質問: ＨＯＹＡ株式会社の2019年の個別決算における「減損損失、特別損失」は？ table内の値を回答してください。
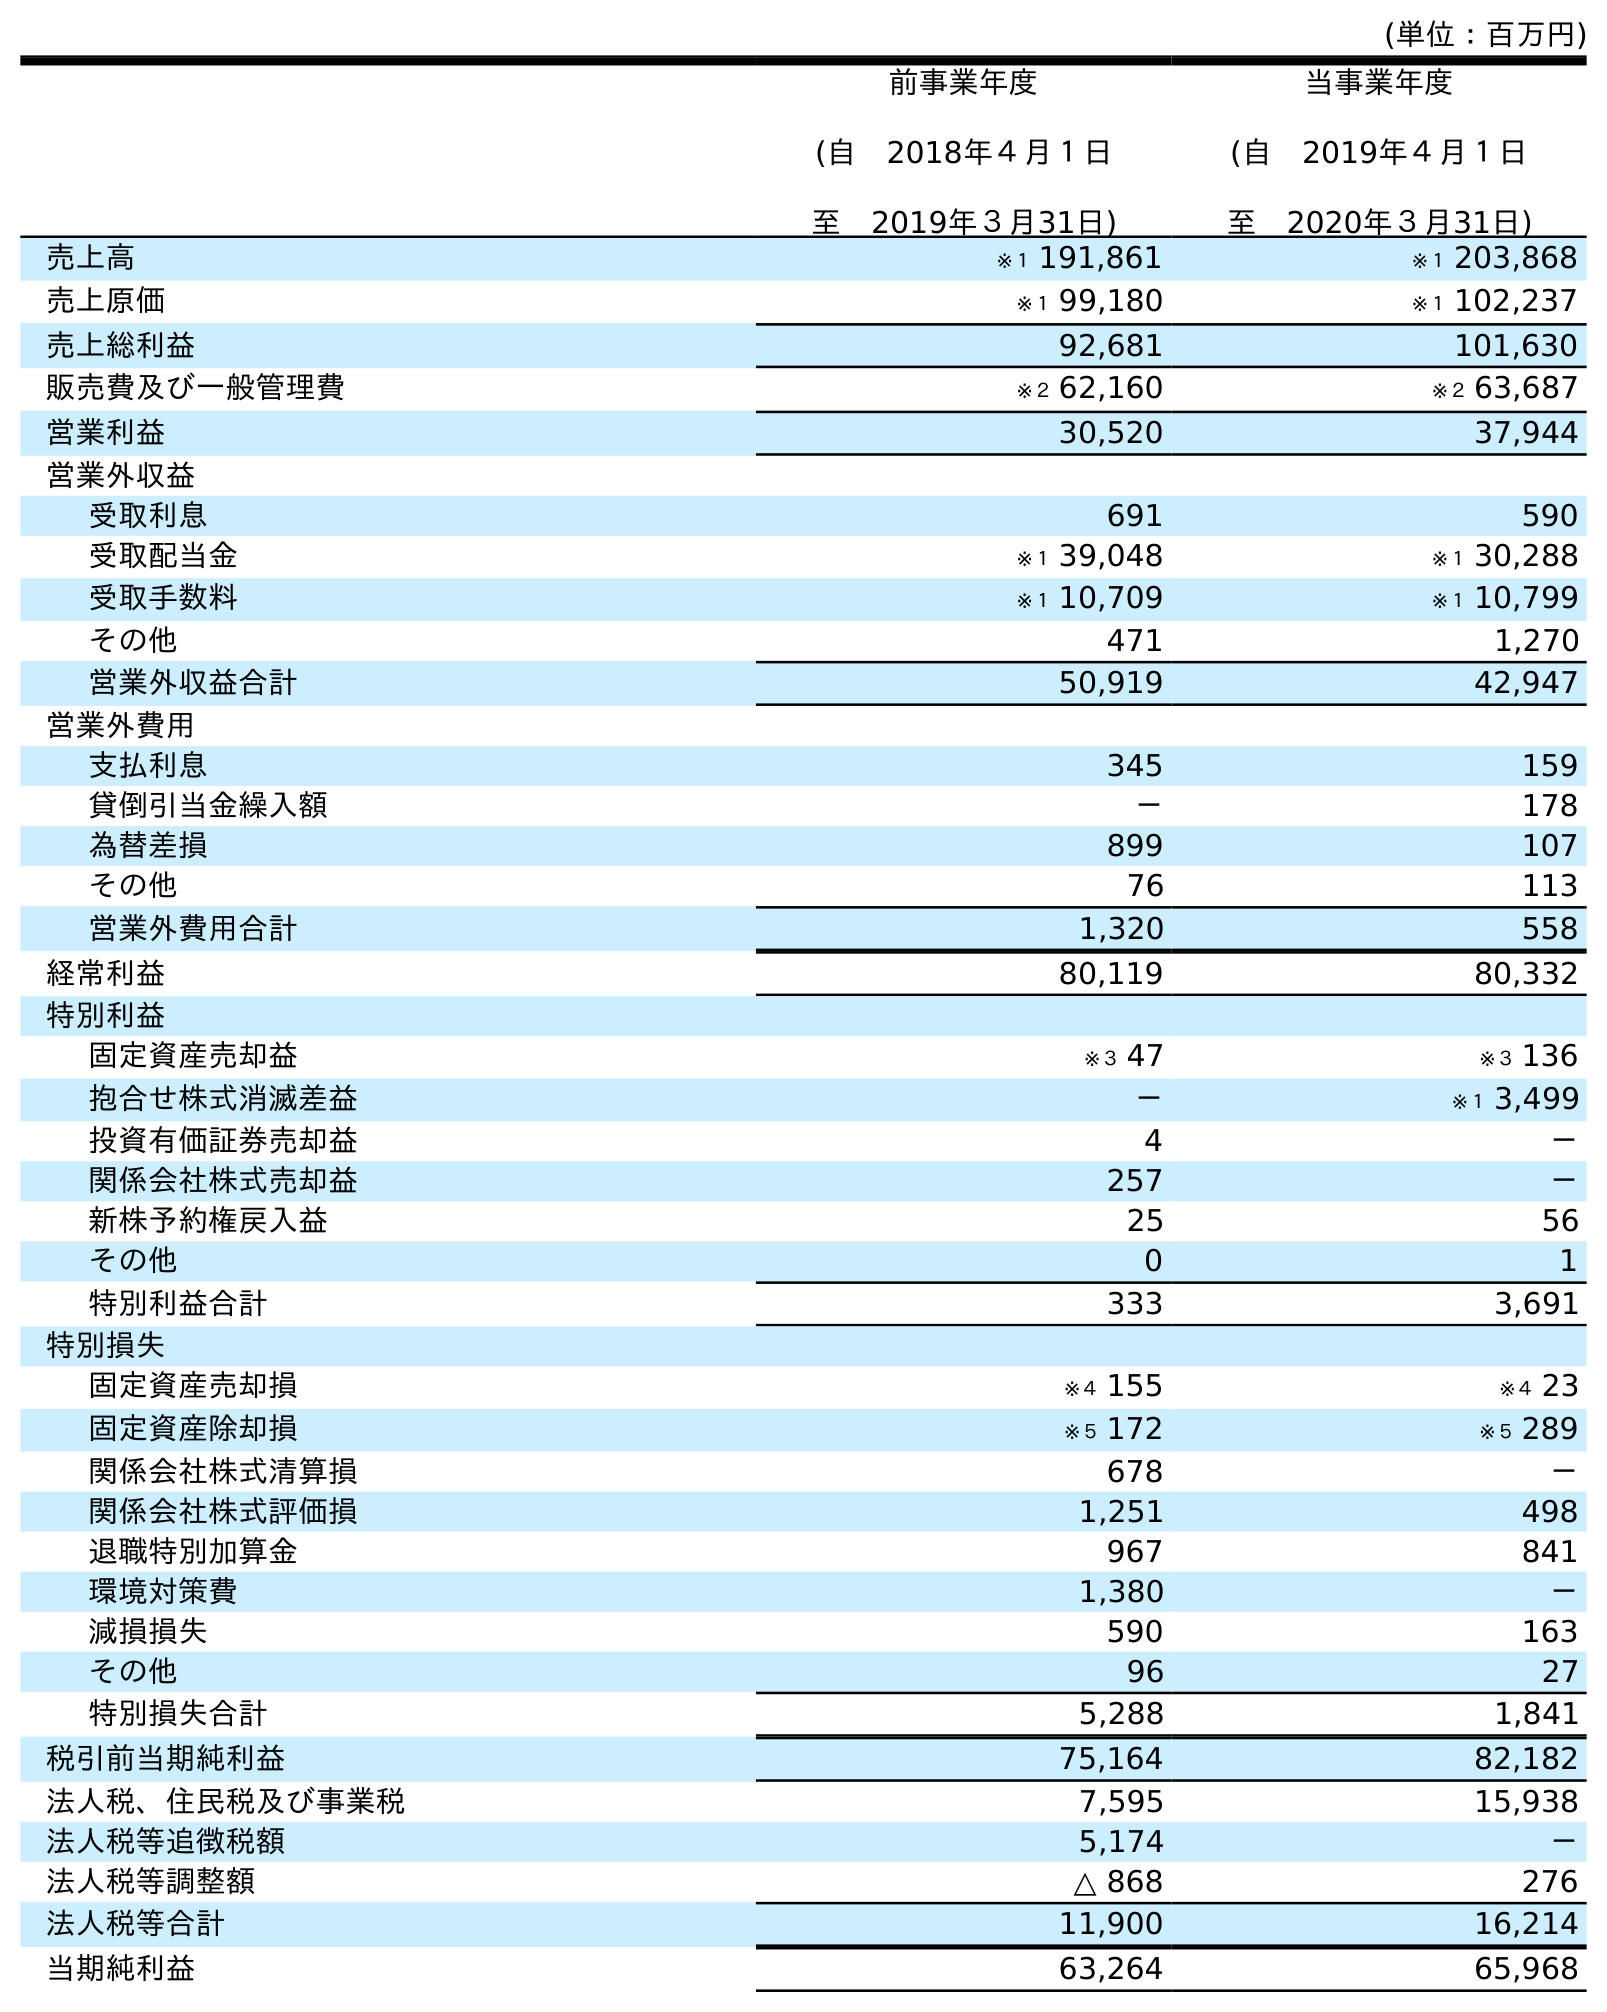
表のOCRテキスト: (単位：百万円) 前事業年度 (自 2018年４月１日 至 2019年３月31日) 当事業年度 (自 2019年４月１日 至 2020年３月31日) 売上高 ※１ 191,861 ※１ 203,868 売上原価 ※１ 99,180 ※１ 102,237 売上総利益 92,681 101,630 販売費及び一般管理費 ※２ 62,160 ※２ 63,687 営業利益 30,520 37,944 営業外収益 受取利息 691 590 受取配当金 ※１ 39,048 ※１ 30,288 受取手数料 ※１ 10,709 ※１ 10,799 その他 471 1,270 営業外収益合計 50,919 42,947 営業外費用 支払利息 345 159 貸倒引当金繰入額 － 178 為替差損 899 107 その他 76 113 営業外費用合計 1,320 558 経常利益 80,119 80,332 特別利益 固定資産売却益 ※３ 47 ※３ 136 抱合せ株式消滅差益 － ※１ 3,499 投資有価証券売却益 4 － 関係会社株式売却益 257 － 新株予約権戻入益 25 56 その他 0 1 特別利益合計 333 3,691 特別損失 固定資産売却損 ※４ 155 ※４ 23 固定資産除却損 ※５ 172 ※５ 289 関係会社株式清算損 678 － 関係会社株式評価損 1,251 498 退職特別加算金 967 841 環境対策費 1,380 － 減損損失 590 163 その他 96 27 特別損失合計 5,288 1,841 税引前当期純利益 75,164 82,182 法人税、住民税及び事業税 7,595 15,938 法人税等追徴税額 5,174 － 法人税等調整額 △ 868 276 法人税等合計 11,900 16,214 当期純利益 63,264 65,968
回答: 590